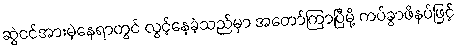
ဆွဲငင်အားမဲ့နေရာတွင် လွင့်နေခဲ့သည်မှာ အတော်ကြာပြီမို့ ကပ်ခွာဖိနပ်ဖြင့်